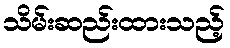
သိမ်းဆည်းထားသည့်